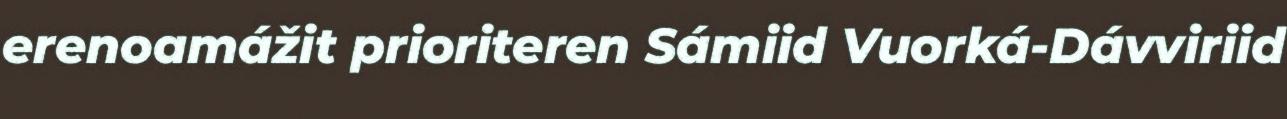
erenoamážit prioriteren Sámiid Vuorká-Dávviriid